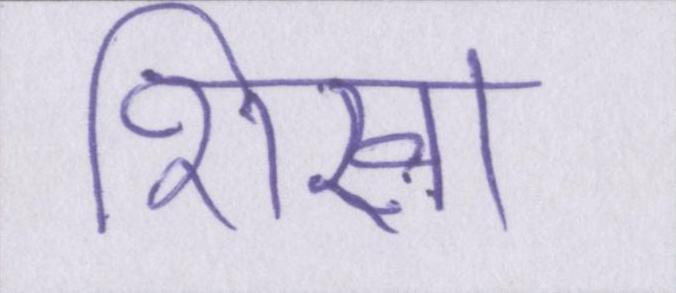
शिखा